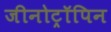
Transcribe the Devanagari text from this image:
जीनोट्रॉपिन